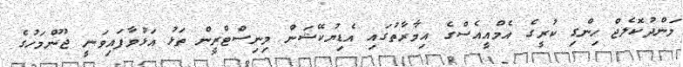
މަންދުކޮލެޖް ހިންގި ކުރީގެ އެމްއީއެސްގެ އިމާރާތުގައި އެޑިޔުކޭޝަން މިނިސްޓްރީން ތަޅު އަޅުވާފައިވަނީ ޖޫންމަހުގެ